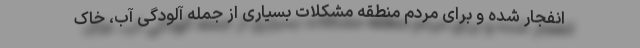
انفجار شده و برای مردم منطقه مشکلات بسیاری از جمله آلودگی آب، خاک